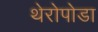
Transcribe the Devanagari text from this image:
थेरोपोडा